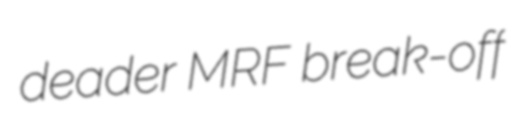
deader MRF break-off